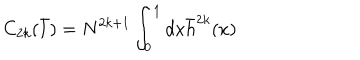
LaTeX: C _ { 2 k } ( { \bar { l } } ) = N ^ { 2 k + 1 } \int _ { 0 } ^ { 1 } d x { \bar { h } } ^ { 2 k } ( x )